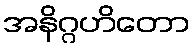
အနိဂ္ဂဟိတော